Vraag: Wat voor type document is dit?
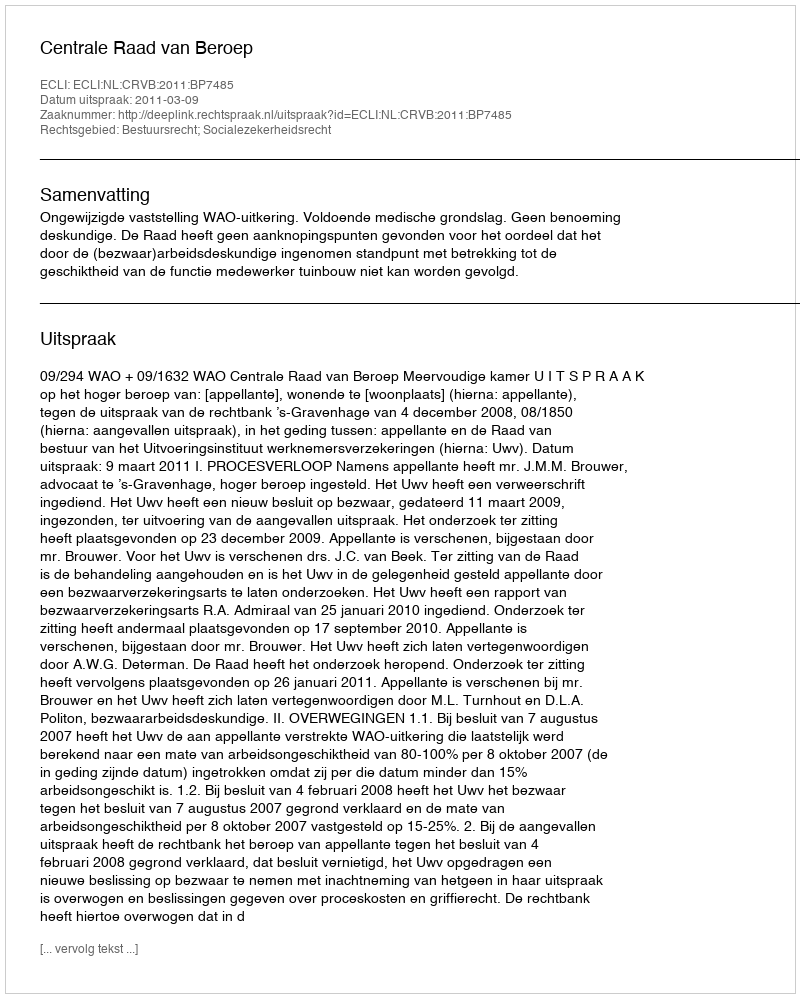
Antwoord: Uitspraak